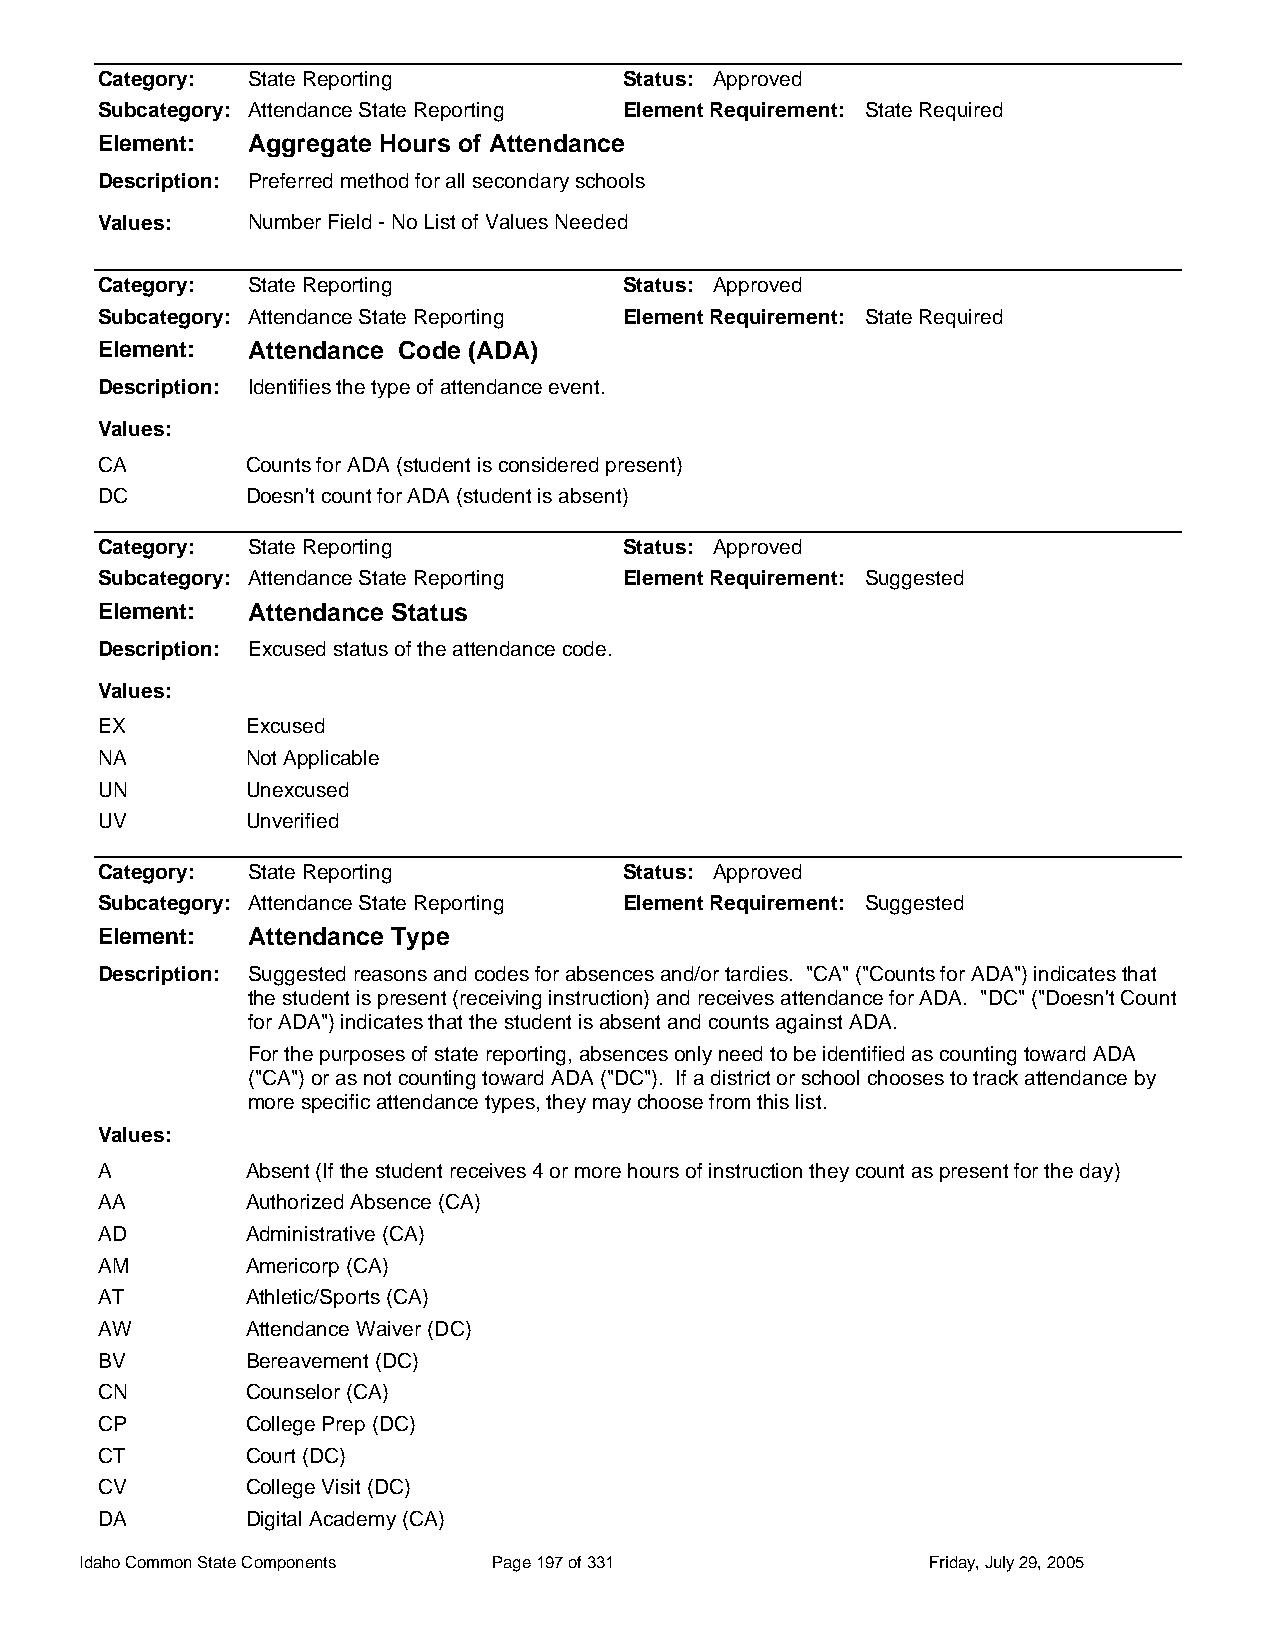
Category: State Reporting          Status: Approved
 Subcategory: Attendance State Reporting Element Requirement: State Required
 Element:  Aggregate Hours of Attendance
 Description: Preferred method for all secondary schools
 Values:   Number Field - No List of Values Needed
 Category: State Reporting          Status: Approved
 Subcategory: Attendance State Reporting Element Requirement: State Required
 Element:  Attendance Code (ADA)
 Description: Identifies the type of attendance event.
 Values:
 CA        Counts for ADA (student is considered present)
 DC        Doesn't count for ADA (student is absent)
 Category: State Reporting          Status: Approved
 Subcategory: Attendance State Reporting Element Requirement: Suggested
 Element:  Attendance Status
 Description: Excused status of the attendance code.
 Values:
 EX        Excused
 NA        Not Applicable
 UN        Unexcused
 UV        Unverified
 Category: State Reporting          Status: Approved
 Subcategory: Attendance State Reporting Element Requirement: Suggested
 Element:  Attendance Type
 Description: Suggested reasons and codes for absences and/or tardies. "CA" ("Counts for ADA") indicates that
 the student is present (receiving instruction) and receives attendance for ADA. "DC" ("Doesn't Count
 for ADA") indicates that the student is absent and counts against ADA.
 For the purposes of state reporting, absences only need to be identified as counting toward ADA
 ("CA") or as not counting toward ADA ("DC"). If a district or school chooses to track attendance by
 more specific attendance types, they may choose from this list.
 Values:
 A         Absent (If the student receives 4 or more hours of instruction they count as present for the day)
 AA        Authorized Absence (CA)
 AD        Administrative (CA)
 AM        Americorp (CA)
 AT        Athletic/Sports (CA)
 AW        Attendance Waiver (DC)
 BV        Bereavement (DC)
 CN        Counselor (CA)
 CP        College Prep (DC)
 CT        Court (DC)
 CV        College Visit (DC)
 DA        Digital Academy (CA)
 Idaho Common State Components Page 197 of 331           Friday, July 29, 2005